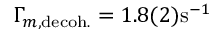
\Gamma _ { m , \mathrm { d e c o h . } } = \ensuremath { 1 . 8 ( 2 ) \mathrm { s } ^ { - 1 } }